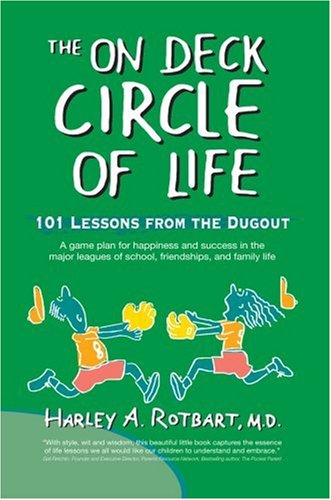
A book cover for The On Deck Circle of Life: 101 Lessons from the Dugout; Harley A. Rotbart M.D.; Teen & Young Adult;